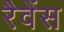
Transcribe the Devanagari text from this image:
रैवेंस